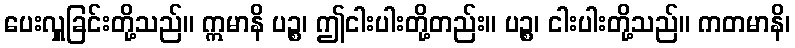
ပေးလှူခြင်းတို့သည်။ ဣမာနိ ပဉ္စ၊ ဤငါးပါးတို့တည်း။ ပဉ္စ၊ ငါးပါးတို့သည်။ ကတမာနိ၊